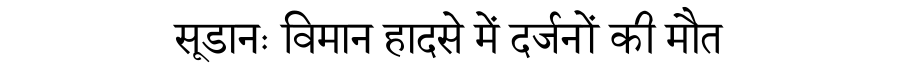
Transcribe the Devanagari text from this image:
सूडानः विमान हादसे में दर्जनों की मौत